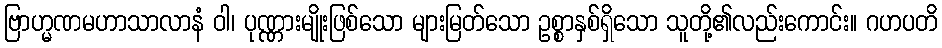
ဗြာဟ္မဏမဟာသာလာနံ ဝါ၊ ပုဏ္ဏားမျိုးဖြစ်သော များမြတ်သော ဥစ္စာနှစ်ရှိသော သူတို့၏လည်းကောင်း။ ဂဟပတိ